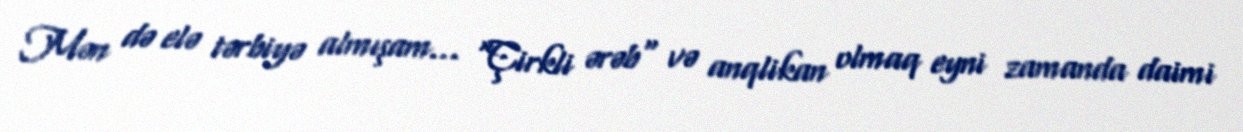
Mən də elə tərbiyə almışam… "Çirkli ərəb" və anqlikan olmaq eyni zamanda daimi